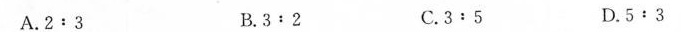
A.2:3 B.3:2 C.3:5 D.5:3